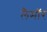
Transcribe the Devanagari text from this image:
लैमॉर